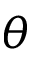
\theta